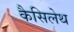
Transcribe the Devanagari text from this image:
कैसिलेथ